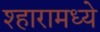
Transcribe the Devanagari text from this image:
श्हारामध्ये